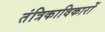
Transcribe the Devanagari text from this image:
तंत्रिकाविकारों